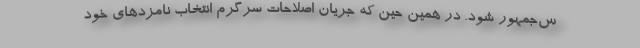
س‌جمهور شود. در همین حین که جریان اصلاحات سرگرم انتخاب نامزد‌های خود